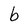
Character: b